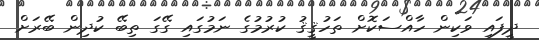
ދީފައި ވަކިން ހާއްސަކޮށް ތަހުޤީޤު ކުރުމުގެ ނަމުގައި ގޭގަ ތިބޭ ކުދިން ބޭރަށް